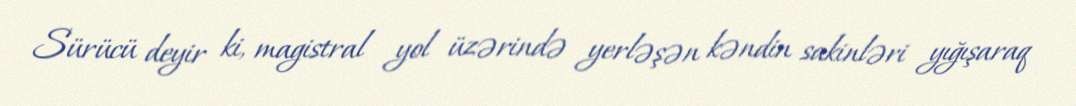
Sürücü deyir ki, magistral yol üzərində yerləşən kəndin sakinləri yığışaraq